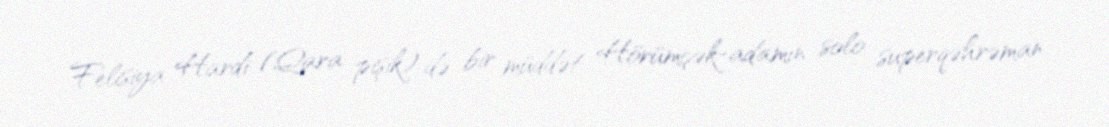
Felisiya Hardi (Qara pişik) də bir müddət Hörümçək-adamın solo superqəhrəman